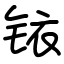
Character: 铱